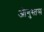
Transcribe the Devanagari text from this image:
औगुस्तस